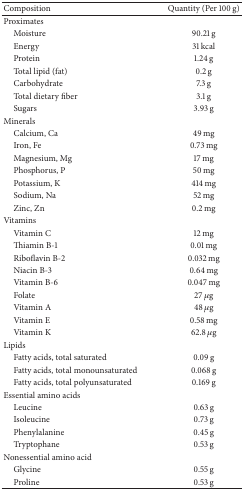
| Composition | Quantity (Per 100 g) |
 | --- | --- |
 | Proximates |  |
 | Moisture | 90.21 g |
 | Energy | 31 kcal |
 | Protein | 1.24 g |
 | Total lipid (fat) | 0.2 g |
 | Carbohydrate | 7.3 g |
 | Total dietary fiber | 3.1 g |
 | Sugars | 3.93 g |
 | Minerals |  |
 | Calcium, Ca | 49 mg |
 | Iron, Fe | 0.73 mg |
 | Magnesium, Mg | 17 mg |
 | Phosphorus, P | 50 mg |
 | Potassium, K | 414 mg |
 | Sodium, Na | 52 mg |
 | Zinc, Zn | 0.2 mg |
 | Vitamins |  |
 | Vitamin C | 12 mg |
 | Thiamin B-1 | 0.01 mg |
 | Riboflavin B-2 | 0.032 mg |
 | Niacin B-3 | 0.64 mg |
 | Vitamin B-6 | 0.047 mg |
 | Folate | 27 μg |
 | Vitamin A | 48 μg |
 | Vitamin E | 0.58 mg |
 | Vitamin K | 62.8 μg |
 | Lipids |  |
 | Fatty acids, total saturated | 0.09 g |
 | Fatty acids, total monounsaturated | 0.068 g |
 | Fatty acids, total polyunsaturated | 0.169 g |
 | Essential amino acids |  |
 | Leucine | 0.63 g |
 | Isoleucine | 0.73 g |
 | Phenylalanine | 0.45 g |
 | Tryptophane | 0.53 g |
 | Nonessential amino acid |  |
 | Glycine | 0.55 g |
 | Proline | 0.53 g |